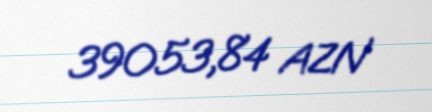
39053,84 AZN